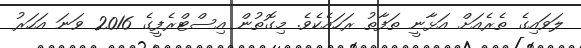
ލަވައިގެ ތެރެއަށް އަޅާނީ ތަފާތު ރަހައެކެވެ. މިގޮތުން އިސްޓްރެފީގެ 2016 ވަނަ އަހަރު